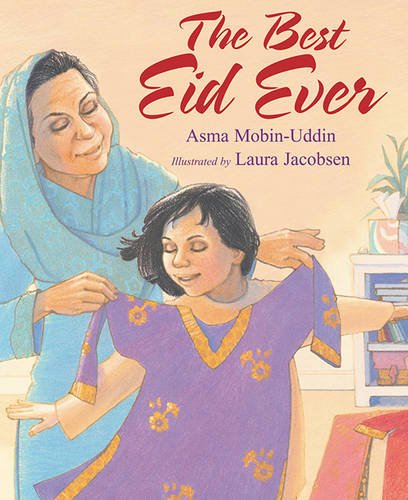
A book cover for The Best Eid Ever; Asma Mobin-Uddin; Children's Books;